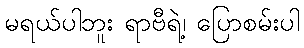
မရယ်ပါဘူး ရာဗီရဲ့၊ ပြောစမ်းပါ